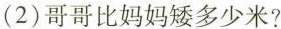
(2)哥哥比妈妈矮多少米?